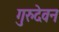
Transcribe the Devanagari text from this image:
गुरुदेवन